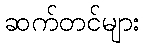
ဆက်တင်များ